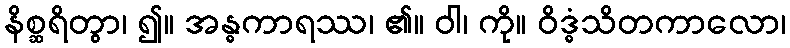
နိစ္ဆရိတွာ၊ ၍။ အန္ဓကာရဿ၊ ၏။ ဝါ၊ ကို။ ဝိဒ္ဓံသိတကာလော၊